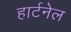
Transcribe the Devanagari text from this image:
हार्टनेल